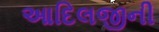
આદિલજીની